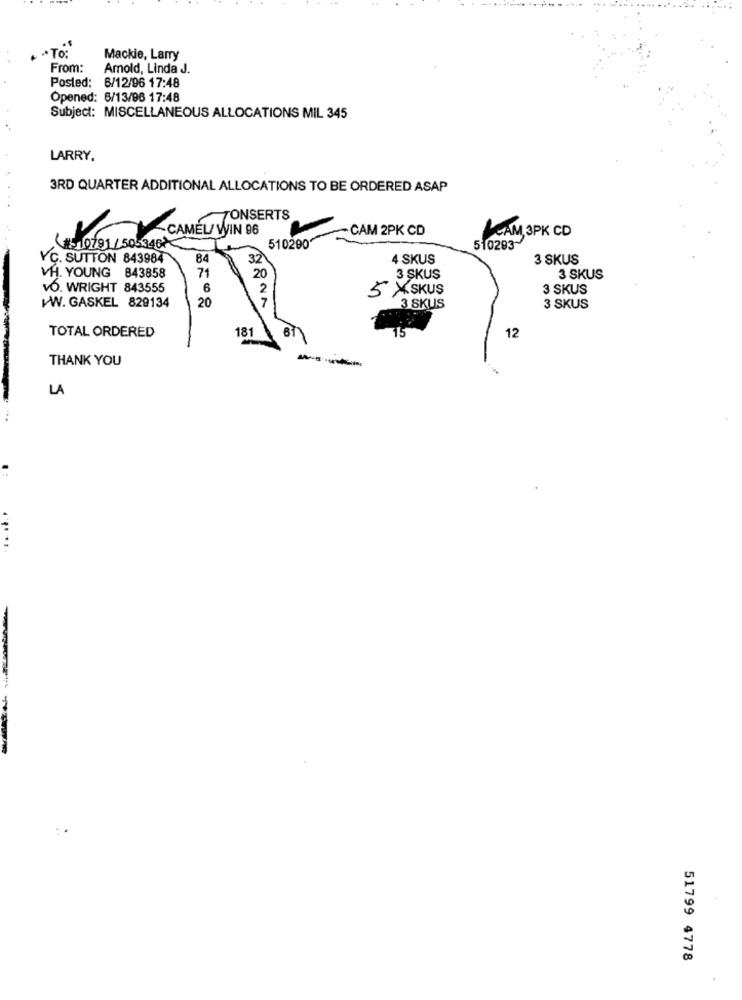
TO:
Mackie, Larry
From:
Amold, Linda J.
Posted: 6/12/96 17:48
Opened: 6/13/96 17:48
Subject: MISCELLANEOUS ALLOCATIONS MIL 345
LARRY.
3RD QUARTER ADDITIONAL ALLOCATIONS TO BE ORDERED ASAP
TONSERTS
-CAM 2PK CD
CAM 3PK CD
CAMEL WIN 96
510290
#510791/505346
510293
YC. SUTTON 843984
84
32
4 SKUS
3 SKUS
VH. YOUNG 843858
71
20
3 SKUS
3 SKUS
VO. WRIGHT 843555
6
2
5 X SKUS
3 SKUS
WWW. GASKEL 829134
20
3 SKUS
3 SKUS
TOTAL ORDERED
15
12
181
B1
THANK YOU
LA
...
51799 4778
.